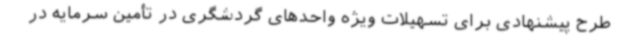
طرح پیشنهادی برای تسهیلات ویژه واحدهای گردشگری در تأمین سرمایه در